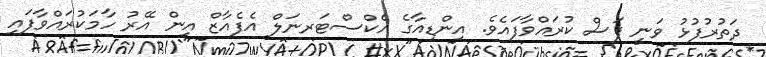
ދަތުރުފުޅު ވަނީ ފަސް ކުރައްވާފައެވެ. އިންޑިއާގެ އެކްސްޓަރނަލް އެފެއާޒް އިން އޭރު ހާމަކުރައްވާފައި